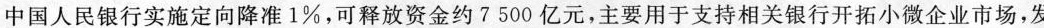
中国人民银行实施定向降准1%，可释放资金约7500亿元，主要用于支持相关银行开拓小微企业市场，发